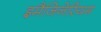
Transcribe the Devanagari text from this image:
इमैजिनेरियम